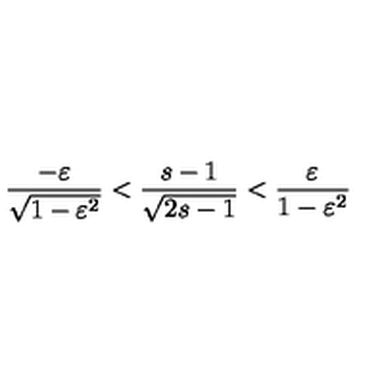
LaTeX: \frac { - \varepsilon } { \sqrt { 1 - \varepsilon ^ { 2 } } } < \frac { s - 1 } { \sqrt { 2 s - 1 } } < \frac { \varepsilon } { 1 - \varepsilon ^ { 2 } }